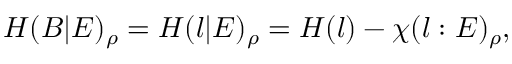
H ( B | E ) _ { \rho } = H ( l | E ) _ { \rho } = H ( l ) - \chi ( l : E ) _ { \rho } ,